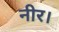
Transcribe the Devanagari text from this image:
नीर।